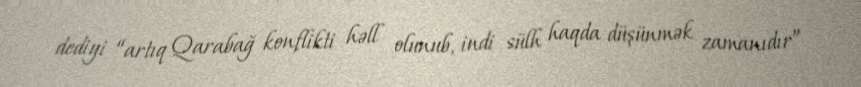
dediyi “artıq Qarabağ konflikti həll olunub, indi sülh haqda düşünmək zamanıdır”